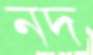
নদ